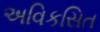
અવિકસિત